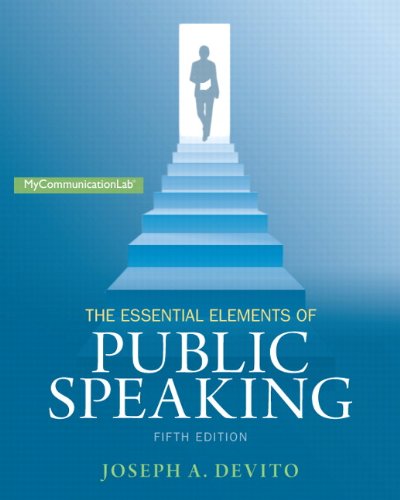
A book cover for The Essential Elements of Public Speaking (5th Edition) (Mycommunicationlab); Joseph A. DeVito; Arts & Photography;